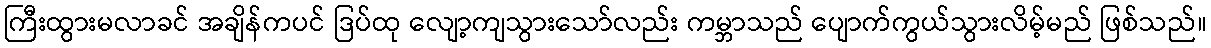
ကြီးထွားမလာခင် အချိန်ကပင် ဒြပ်ထု လျော့ကျသွားသော်လည်း ကမ္ဘာသည် ပျောက်ကွယ်သွားလိမ့်မည် ဖြစ်သည်။